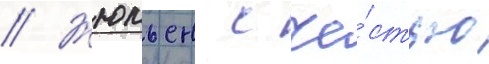
// Жюльен с че́стью